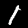
Label: 1